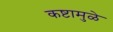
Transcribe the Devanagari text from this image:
कष्टामुळे